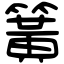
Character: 簧